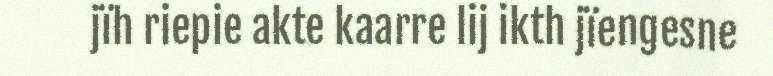
jïh riepie akte kaarre lij ikth jïengesne